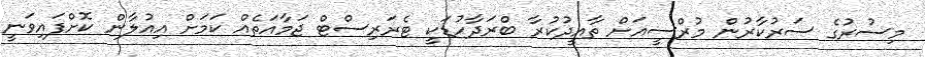
މިސުރުގެ ސަރުކާރުން މުރްސީއަށް ތާއީދުކުރާ ބްރަދާހުޑަކީ ޓެރަރިސްޓް ޖަމާއަތެއް ކަމަށް އިއުލާން ކޮށްފައިވަނީ